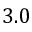
3 . 0